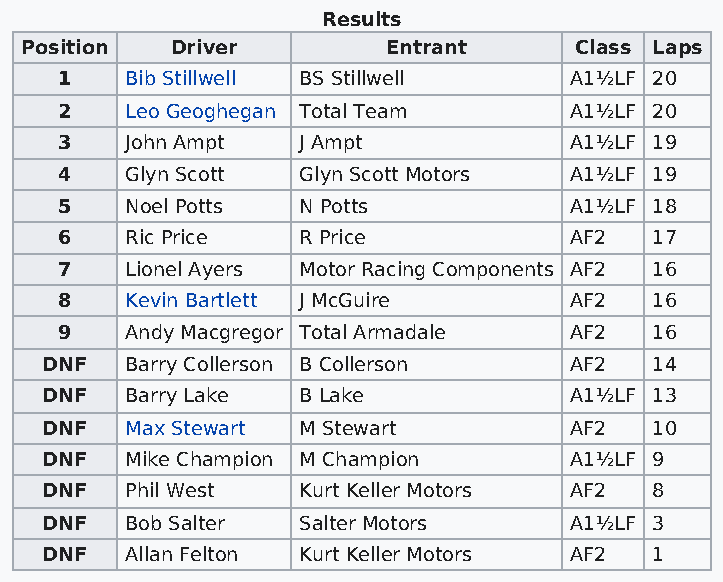
Results
 Position  Driver         Entrant     Class Laps
 1   Bib Stillwell BS Stillwell    A1½LF 20
 2   Leo Geoghegan Total Team      A1½LF 20
 3   John Ampt   J Ampt            A1½LF 19
 4   Glyn Scott  Glyn Scott Motors A1½LF 19
 5   Noel Potts  N Potts           A1½LF 18
 6   Ric Price   R Price           AF2  17
 7   Lionel Ayers Motor Racing Components AF2 16
 8   Kevin Bartlett J McGuire      AF2  16
 9   Andy Macgregor Total Armadale AF2  16
 DNF  Barry Collerson B Collerson   AF2  14
 DNF  Barry Lake  B Lake            A1½LF 13
 DNF  Max Stewart M Stewart         AF2  10
 DNF  Mike Champion M Champion      A1½LF 9
 DNF  Phil West   Kurt Keller Motors AF2 8
 DNF  Bob Salter  Salter Motors     A1½LF 3
 DNF  Allan Felton Kurt Keller Motors AF2 1